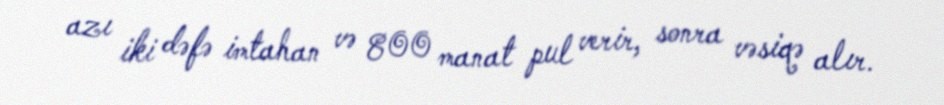
azı iki dəfə imtahan və 800 manat pul verir, sonra vəsiqə alır.